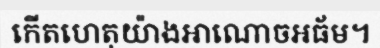
កើតហេតុយ៉ាងអាណោចអធ័ម។